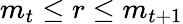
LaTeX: m_{t}\leq r\leq m_{t+1}